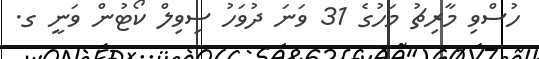
ހުސްވި މާރިޗު މަހުގެ 31 ވަނަ ދުވަހު ސިވިލް ކޯޓުން ވަނީ ގ.